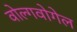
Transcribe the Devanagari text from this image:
वोल्गवोगेल